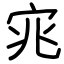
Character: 宨